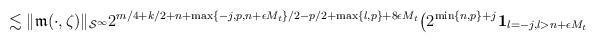
LaTeX: \begin{align*} \lesssim \| \mathfrak{m}(\cdot, \zeta)\|_{\mathcal{S}^\infty} 2^{m/4+ k/2 + n+\max\{-j, p, n+\epsilon M_t\}/2-p/2 + \max\{l,p\} + 8\epsilon M_t } \big(2^{\min\{n,p\}+ j}\mathbf{1}_{l=-j, l> n+\epsilon M_t} \end{align*}